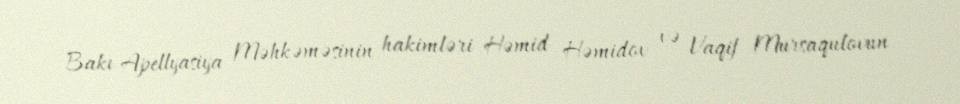
Bakı Apellyasiya Məhkəməsinin hakimləri Həmid Həmidov və Vaqif Mursaqulovun